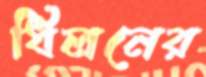
ধিলনের